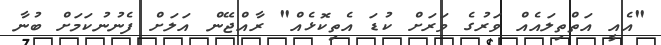
"އެއީ އަތްތިލައެއް ވަރުގެ ވަރަށް ކުޑަ އެތިކޮޅެއް" ރާއްޖޭން އަލަށް ފެނުނުކަމަށް ބުނާ